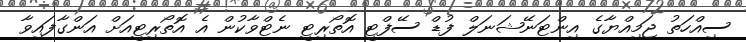
ސިއްހަތު ޖަމިއްޔާގެ އިންޓަނޭޝަނަލް ފުޑް ސޭފްޓީ އޮތޯރިޓީ ނެޓްވާކުން އެ އޮތޯރިޓީއަށް އަންގާފައިވާ